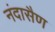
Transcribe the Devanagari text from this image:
नंदासैण